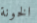
الخونة